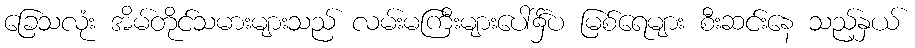
ခြေသလုံး အိမ်တိုင်သမားများသည် လမ်းမကြီးများပေါ်၌်ပ မြစ်ရေများ စီးဆင်းနေ သည့်နှယ်